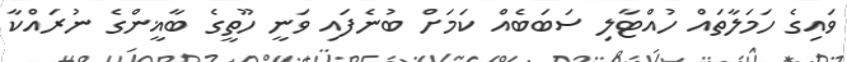
ވައިގެ ހަމަލާތައް ހުއްޓާލި ސަބަބެއް ކަމަށް ބުނެފައި ވަނީ ހޫތީގެ ބާޣީންގެ ނުރައްކާ